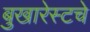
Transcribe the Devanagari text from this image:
बुखारेस्टचे